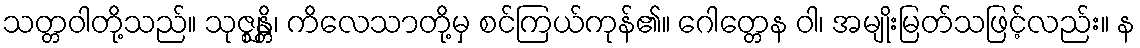
သတ္တဝါတို့သည်။ သုဇ္ဈန္တိ၊ ကိလေသာတို့မှ စင်ကြယ်ကုန်၏။ ဂေါတ္တေန ဝါ၊ အမျိုးမြတ်သဖြင့်လည်း။ န